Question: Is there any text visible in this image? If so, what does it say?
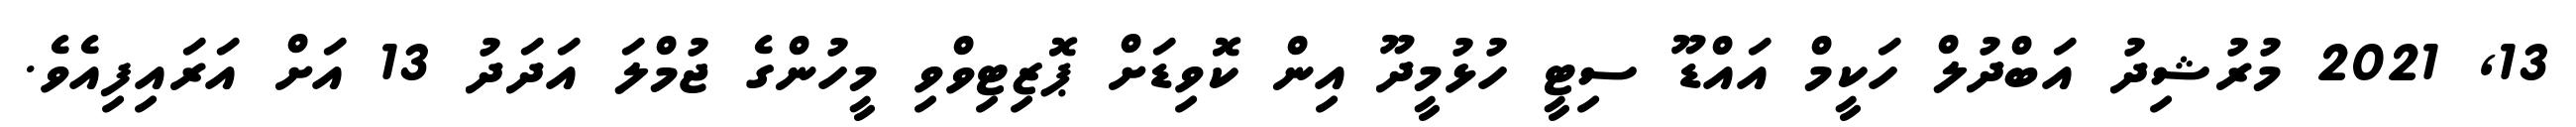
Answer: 13, 2021 މުރުޝިދު އަބްދުލް ހަކީމް އައްޑޫ ސިޓީ ހުޅުމީދޫ އިން ކޮވިޑަށް ޕޮޒިޓިވްވި މީހުންގެ ޖުމްލަ އަދަދު 13 އަށް އަރައިފިއެވެ.